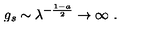
g _ { s } \sim \lambda ^ { - { \frac { 1 - a } { 2 } } } \to \infty \ .